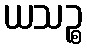
ယသဉ္စ